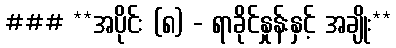
### **အပိုင်း (၈) - ရာခိုင်နှုန်းနှင့် အချိုး**